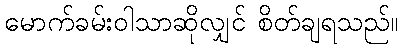
မောက်ခမ်းဝါသာဆိုလျှင် စိတ်ချရသည်။